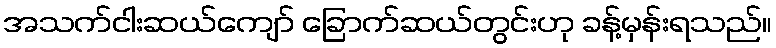
အသက်ငါးဆယ်ကျော် ခြောက်ဆယ်တွင်းဟု ခန့်မှန်းရသည်။